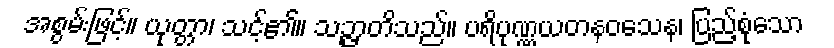
အစွမ်းဖြင့်။ ယုတ္တာ၊ သင့်၏။ သဉ္ဇာတိသည်။ ပရိပုဏ္ဏယတနဝသေန၊ ပြည့်စုံသော